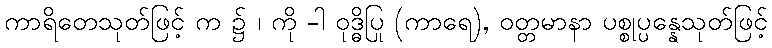
ကာရိတေသုတ်ဖြင့် က ၌ ၊ ကို -ါ ဝုဒ္ဓိပြု (ကာရေ), ဝတ္တမာနာ ပစ္စုပ္ပန္နေသုတ်ဖြင့်